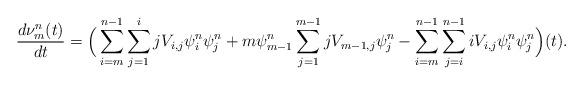
LaTeX: \begin{align*}\frac{d\nu^{n}_m(t)}{dt}=\Big(\sum_{i=m}^{n-1}\sum_{j=1}^{i}jV_{i,j}\psi^{n}_i \psi^{n}_j + m\psi^{n}_{m-1}\sum_{j=1}^{m-1}jV_{m-1,j}\psi^{n}_j - \sum_{i=m}^{n-1}\sum_{j=i}^{n-1}iV_{i,j}\psi^{n}_i\psi^{n}_j\Big)(t).\end{align*}